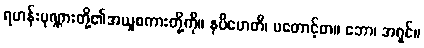
ရဟန်းပုဏ္ဏားတို့၏အယူစကားတို့ကို။ နပိဟေတိ၊ မတောင့်တ။ ဘော၊ အရှင်။